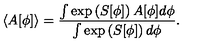
\langle A [ \phi ] \rangle = \frac { \int \exp \left( S [ \phi ] \right) A [ \phi ] d \phi } { \int \exp \left( S [ \phi ] \right) d \phi } .